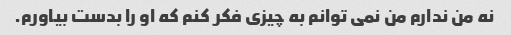
نه من ندارم من نمی توانم به چیزی فکر کنم که او را بدست بیاورم.